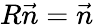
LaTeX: R\vec{n}=\vec{n}